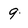
Character: 9